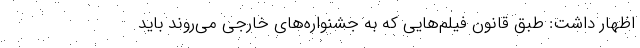
اظهار داشت: طبق قانون فیلم‌هایی که به جشنواره‌های خارجی می‌روند باید